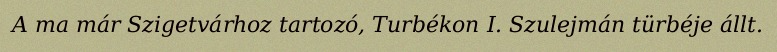
A ma már Szigetvárhoz tartozó, Turbékon I. Szulejmán türbéje állt.